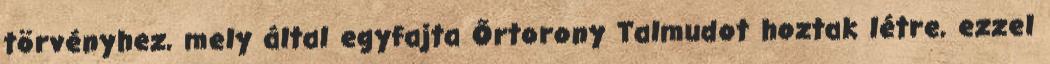
törvényhez, mely által egyfajta Őrtorony Talmudot hoztak létre, ezzel